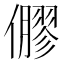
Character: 𠐋